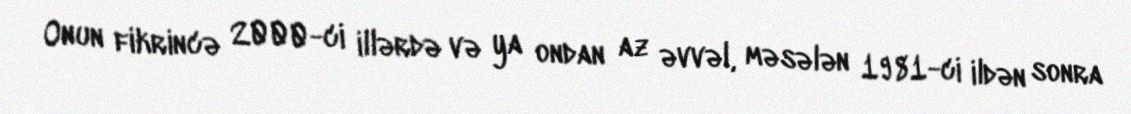
Onun fikrincə 2000-ci illərdə və ya ondan az əvvəl, məsələn 1981-ci ildən sonra